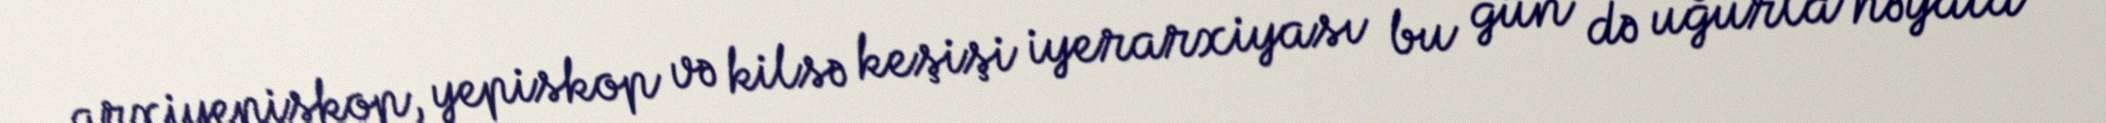
arxiyepiskop, yepiskop və kilsə keşişi iyerarxiyası bu gün də uğurla həyata